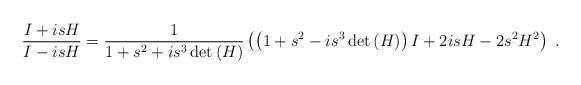
LaTeX: \begin{align*}\frac{I+isH}{I-isH}=\frac{1}{1+s^{2}+is^{3}\det\left( H\right) }\left(\left( 1+s^{2}-is^{3}\det\left( H\right) \right) I+2isH-2s^{2}H^{2}\right) \ . \end{align*}